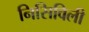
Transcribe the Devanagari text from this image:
निसिविली